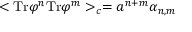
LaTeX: < \mathrm { T r } \varphi ^ { n } \mathrm { T r } \varphi ^ { m } > _ { c } = { a } ^ { n + m } \alpha _ { n , m }